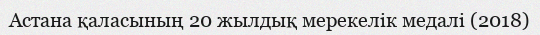
Астана қаласының 20 жылдық мерекелік медалі (2018)